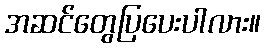
အဆင်တွေပြပေးပါလား။